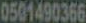
0561490366